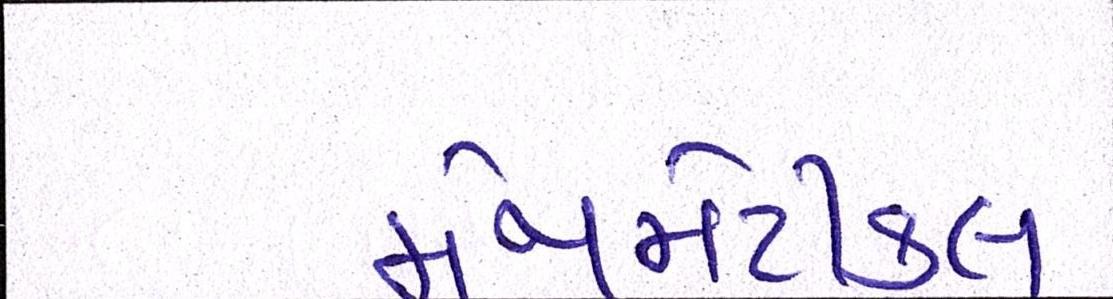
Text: મેથમેટીકલ